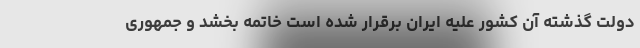
دولت گذشته آن کشور علیه ایران برقرار شده است خاتمه بخشد و جمهوری